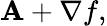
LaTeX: \mathbf{A}+\nabla f,